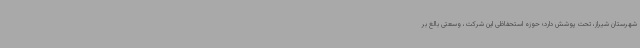
شهرستان شیراز، تحت پوشش دارد؛ حوزه استحفاظی این شرکت، وسعتی بالغ بر